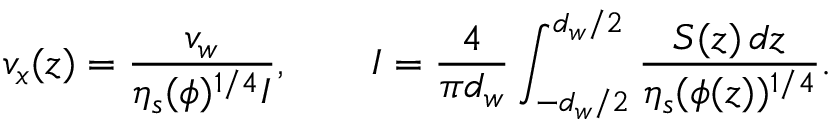
v _ { x } ( z ) = \frac { v _ { w } } { \eta _ { s } ( \phi ) ^ { 1 / 4 } I } , \qquad I = \frac { 4 } { \pi d _ { w } } \int _ { - d _ { w } / 2 } ^ { d _ { w } / 2 } \frac { S ( z ) \, d z } { \eta _ { s } ( \phi ( z ) ) ^ { 1 / 4 } } .